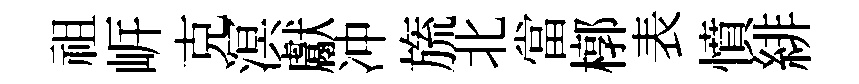
祖㟁克溟獻冲旒北當槨表憤緋